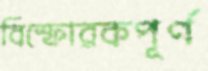
বিস্ফোরকপূর্ণ